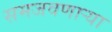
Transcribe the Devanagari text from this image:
समजवणाऱ्या